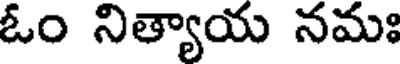
ఓం నిత్యాయ నమః